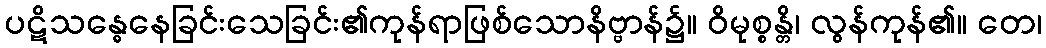
ပဋိသန္ဓေနေခြင်းသေခြင်း၏ကုန်ရာဖြစ်သောနိဗ္ဗာန်၌။ ဝိမုစ္စန္တိ၊ လွန်ကုန်၏။ တေ၊